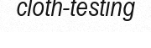
cloth-testing